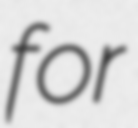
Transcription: for